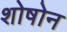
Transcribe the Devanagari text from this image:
शोषोन